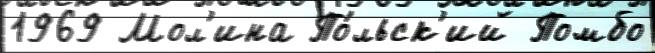
1969 Мол'ина По́льск'ий Помбо